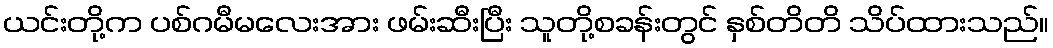
ယင်းတို့က ပစ်ဂမီမလေးအား ဖမ်းဆီးပြီး သူတို့စခန်းတွင် နှစ်တိတိ သိပ်ထားသည်။